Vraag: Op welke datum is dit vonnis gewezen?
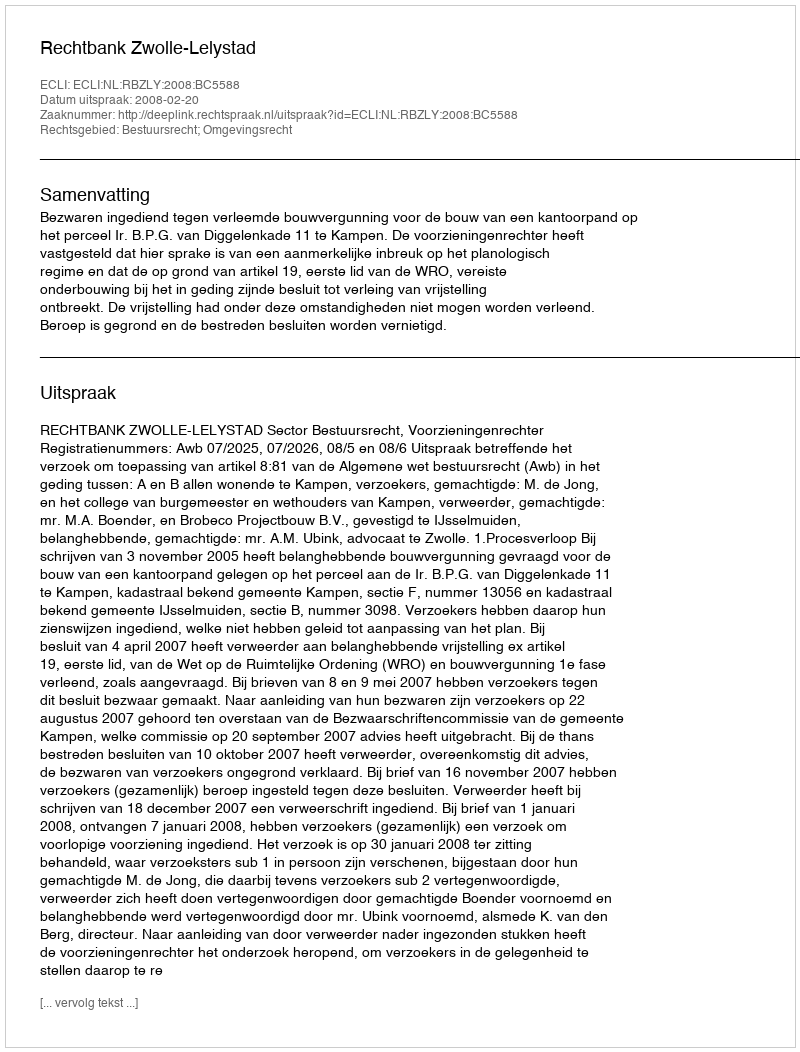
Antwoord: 2008-02-20